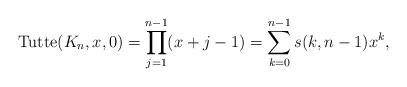
LaTeX: \begin{gather*}{\rm Tutte}(K_n,x,0)= \prod_{j=1}^{n-1} (x+j-1) = \sum_{k=0}^{n-1} s(k,n-1)x^{k},\end{gather*}